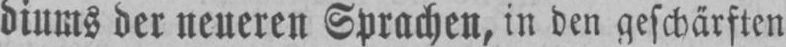
diums der neueren Sprachen, in den geschärften